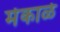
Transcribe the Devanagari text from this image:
मेकाळे